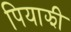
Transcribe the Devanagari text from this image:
पियाझी